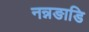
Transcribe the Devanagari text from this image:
नन्नङाडि